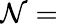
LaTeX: \mathcal{N}=